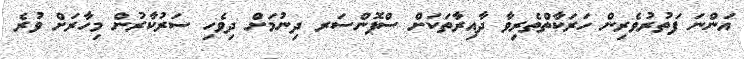
އަންނަ ފަތުރުވެެރިން ހަރަކާތްތެރިވާ ދާއިރާތަކަށް ސްޕޮންސަރ ދިނުމަށް ދިވެހި ސަރުކާރުން މިހާރަށް ވުރެ